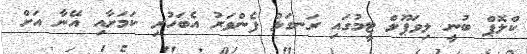
ކްލޮޕް ބުނީ ލިވަޕޫލް ޓީމުގައި ރަނގަޅު ފެންވަރު އެބަހުރި ކަމަށާއި އޭނާ އަށް